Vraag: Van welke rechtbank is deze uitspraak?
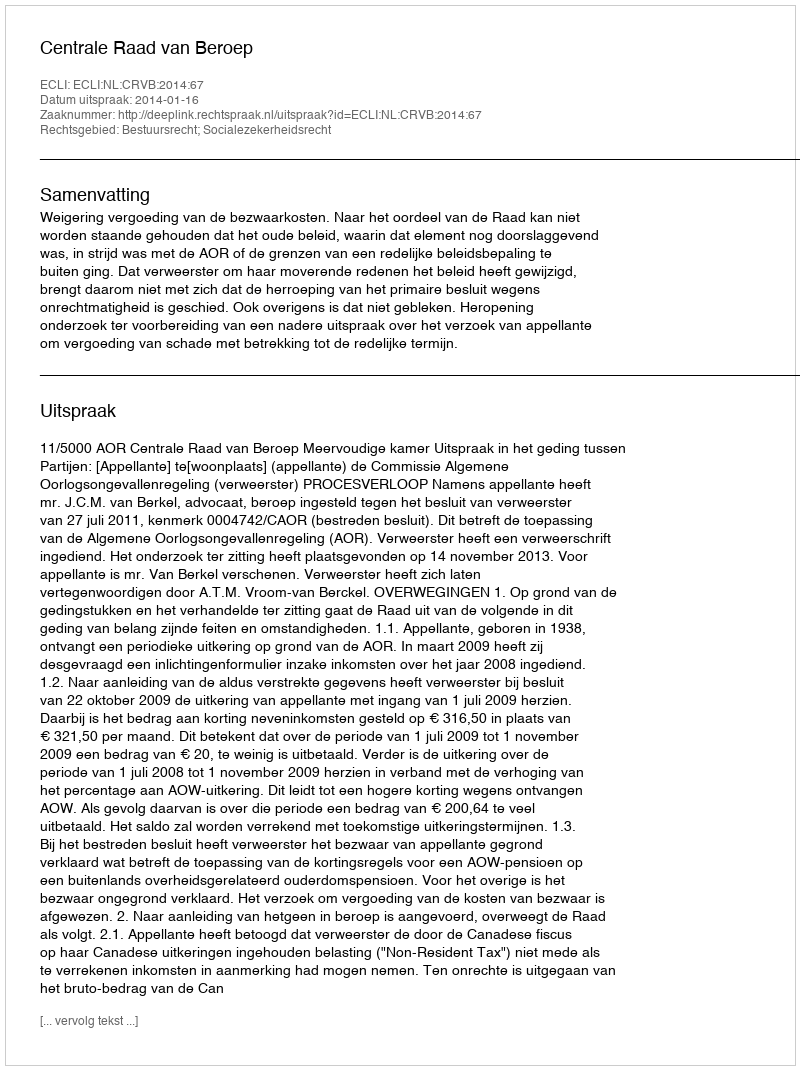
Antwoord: Centrale Raad van Beroep